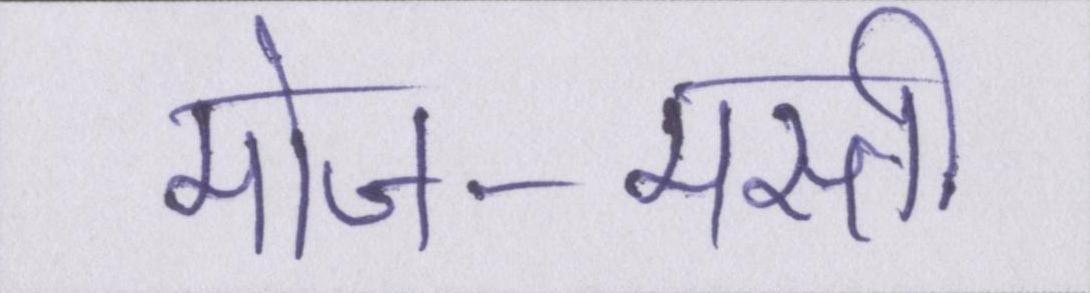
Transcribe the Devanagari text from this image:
मोज-मस्ती